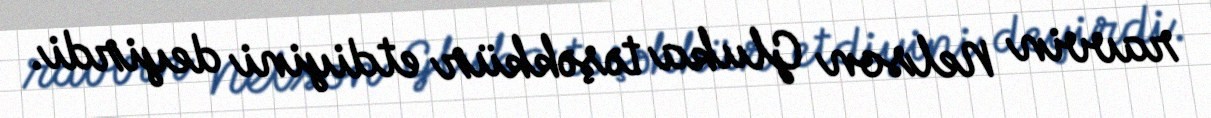
ravvin Nelson Gluka təşəkkür etdiyini deyirdi.